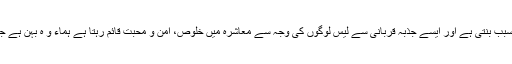
ایسے لوگوں کی بہتات معاشرے کے ابھرنے کا سبب بنتی ہے اور ایسے جذبہ قربانی سے لیس لوگوں کی وجہ سے معاشرہ میں خلوص، امن و محبت قائم رہتا ہے ہماء و ہ بہن ہے جس نے اپنا جگر اپنے بھائی کو عطیہ کیا ہوا ہے۔